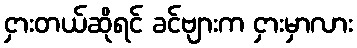
ငှားတယ်ဆိုရင် ခင်ဗျားက ငှားမှာလား